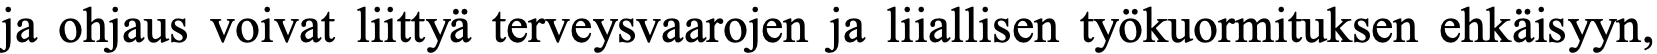
ja ohjaus voivat liittyä terveysvaarojen ja liiallisen työkuormituksen ehkäisyyn,